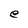
Character: e